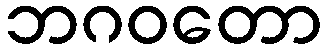
ဘဂဝတော